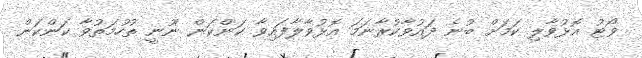
ވޯޓު އޮޅުވާލި ކަމަށް ބުނެ ދައުވާކުރާނަމަ އޮޅުވާލާފައިވާ ކަންކަން ނޫނީ ތުހުމަތުވާ ކަންކަން